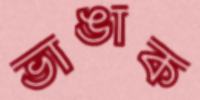
ভাঙাক